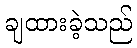
ချထားခဲ့သည်